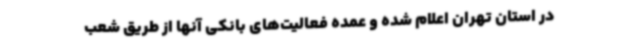
در استان تهران اعلام شده و عمده فعالیت‌های بانکی آنها از طریق شعب